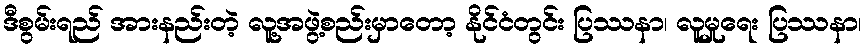
ဒီစွမ်းရည် အားနည်းတဲ့ လူ့အဖွဲ့စည်းမှာတော့ နိုင်ငံတွင်း ပြဿနာ၊ လူမှုရေး ပြဿနာ၊